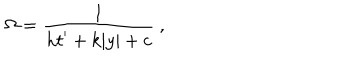
\Omega = { \frac { 1 } { \displaystyle { h t ^ { \prime } + k | y | + c } } } ~ , ~ \,